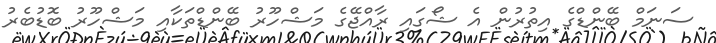
ސަނަމް ބޭންޑްގެ އިތުރުން އެ ޝޯގައި ރާއްޖޭގެ މަޝްހޫރު ބޭންޑްތަކާއި މަޝްހޫރު ބޮޑުބެރު